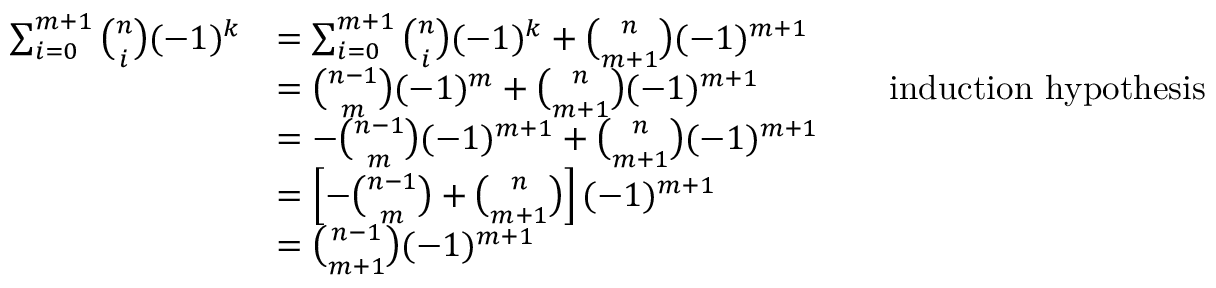
\begin{array} { r l r l } { \sum _ { i = 0 } ^ { m + 1 } \binom { n } { i } ( - 1 ) ^ { k } } & { = \sum _ { i = 0 } ^ { m + 1 } \binom { n } { i } ( - 1 ) ^ { k } + \binom { n } { m + 1 } ( - 1 ) ^ { m + 1 } } \\ & { = \binom { n - 1 } { m } ( - 1 ) ^ { m } + \binom { n } { m + 1 } ( - 1 ) ^ { m + 1 } } & & { \mathrm { i n d u c t i o n ~ h y p o t h e s i s } } \\ & { = - \binom { n - 1 } { m } ( - 1 ) ^ { m + 1 } + \binom { n } { m + 1 } ( - 1 ) ^ { m + 1 } } \\ & { = \left[ - \binom { n - 1 } { m } + \binom { n } { m + 1 } \right] ( - 1 ) ^ { m + 1 } } \\ & { = \binom { n - 1 } { m + 1 } ( - 1 ) ^ { m + 1 } } \end{array}